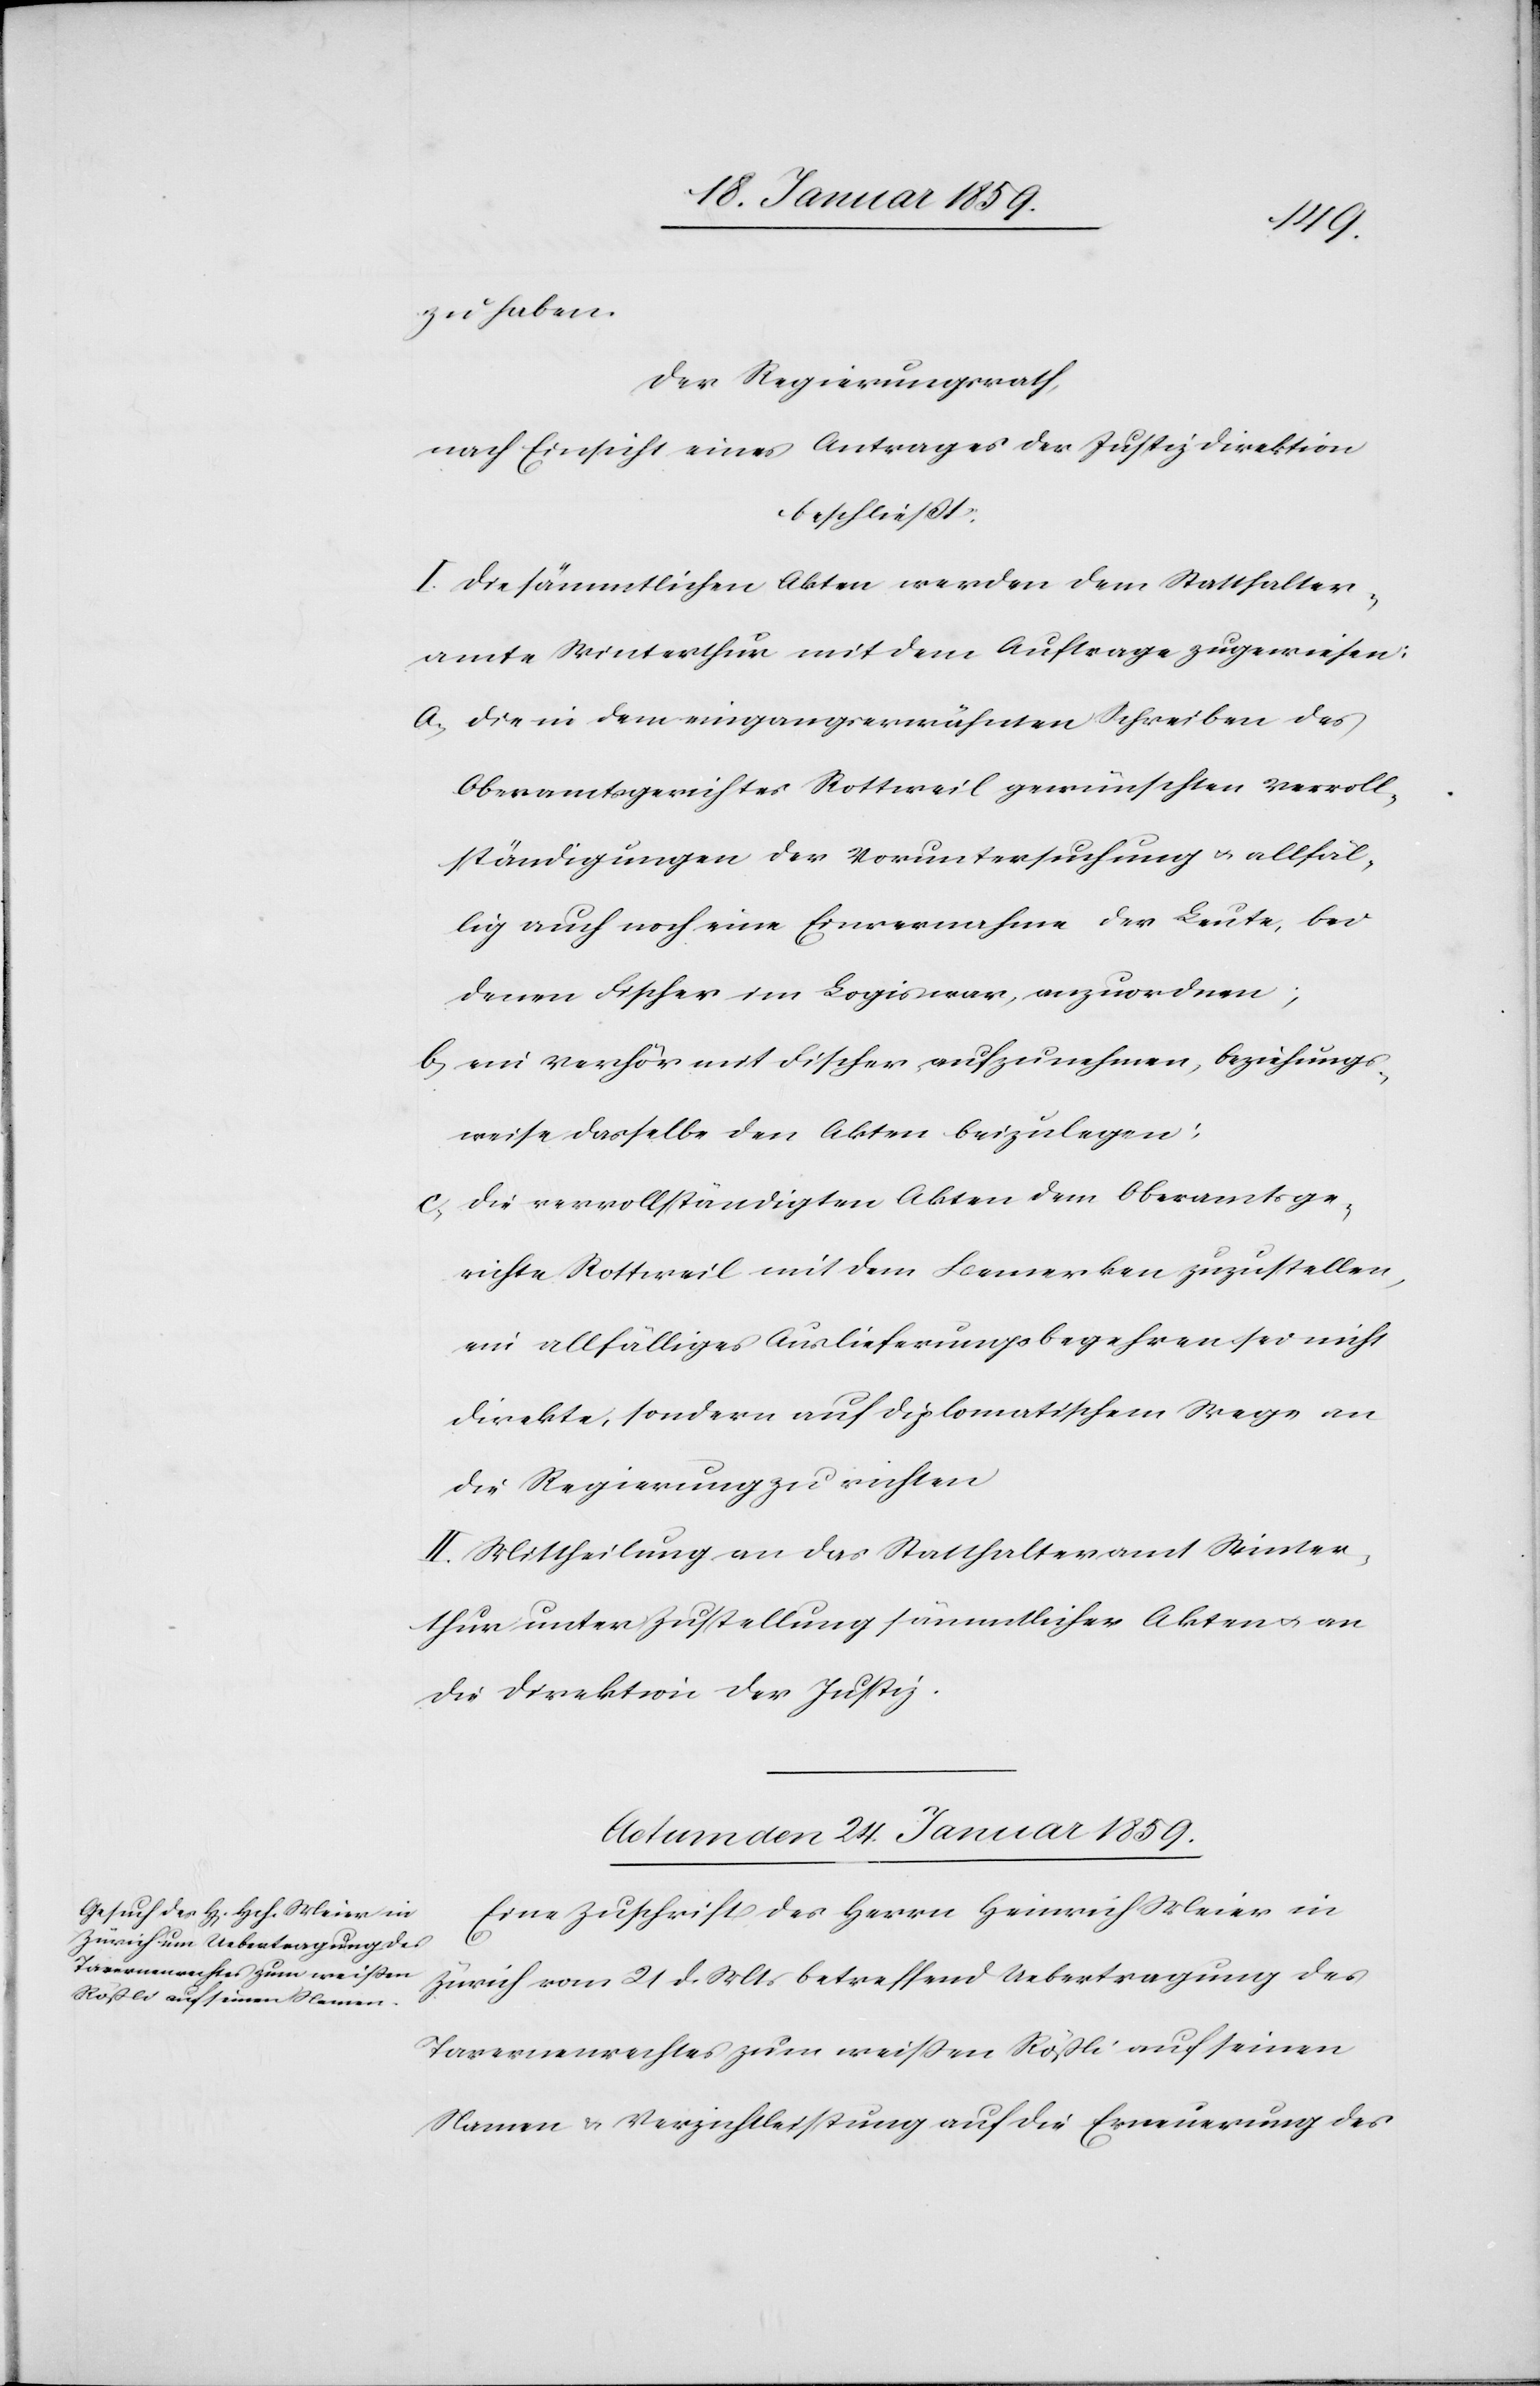
zu haben.
Der Regierungsrath,
nach Einsicht eines Antrages der Justizdirektion
beschließt:
I. Die sämmtlichen Akten werden dem Statthalter¬
amte Winterthur mit dem Auftrage zugewiesen:
a, die in dem eingangserwähnten Schreiben des
Oberamtsgerichtes Rottweil gewünschten Vervoll¬
ständigungen der Voruntersuchung u. allfäl¬
lig auch noch eine Einvernahme der Leute, bei
denen Fischer im Logis war, anzuordnen;
b, ein Verhör mit Fischer aufzunehmen, beziehungs¬
weise dasselbe den Akten beizulegen:
c, die vervollständigten Akten dem Oberamtsge¬
richte Rottweil mit dem Bemerken zuzustellen,
ein allfälliges Auslieferungsbegehren sei nicht
direkte, sondern auf diplomatischem Wege an
die Regierung zu richten
II Mittheilung an das Statthalteramt Winter¬
thur unter Zustellung sämmtlicher Akten u. an
die Direktion der Justiz.
Actum den 24. Januar 1859.
Eine Zuschrift des Herrn Heinrich Meier in
Zürich vom 21 d. Mts betreffend Uebertragung des
Tavernenrechtes zum weißen Rößli auf seinen
Namen & Verzichtleistung auf die Erneuerung des